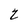
Character: 2